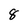
Character: 8